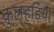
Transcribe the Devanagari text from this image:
कुलहड़िया